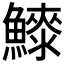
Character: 𱇀